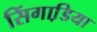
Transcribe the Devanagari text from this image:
सिंगाडि़या